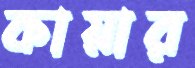
কায়ার